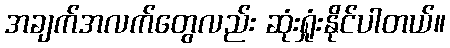
အချက်အလက်တွေလည်း ဆုံးရှုံးနိုင်ပါတယ်။